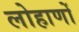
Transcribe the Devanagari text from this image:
लोहाणों